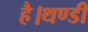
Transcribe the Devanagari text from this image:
है।थण्डी